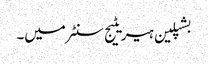
بشپلین ہیریٹیج سنٹر میں۔